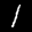
Label: 1